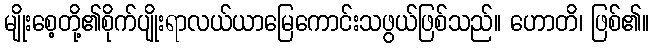
မျိုးစေ့တို့၏စိုက်ပျိုးရာလယ်ယာမြေကောင်းသဖွယ်ဖြစ်သည်။ ဟောတိ၊ ဖြစ်၏။